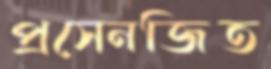
প্রসেনজিত